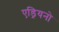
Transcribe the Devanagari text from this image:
एड्रियनो